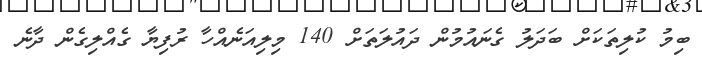
ބިމު ކުލިތަކަށް ބަދަލު ގެނައުމުން ދައުލަތަށް 140 މިލިއަނެއްހާ ރުފިޔާ ގެއްލިގެން ދާނެ